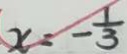
x = - \frac { 1 } { 3 }